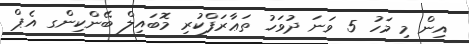
އިން މި މަހު 5 ވަނަ ދުވަހު ތަޢާރަފްކުރި މޮބައިލް ބޭންކިންގ އެޕް